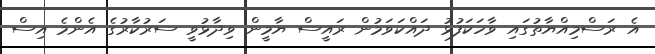
އެ ރަސްމިއްޔާތުގައި ވާހަކަފުޅު ދައްކަވަމުން ރައީސް ޔާމީން ވިދާޅުވީ ސަރުކާރުގެ އެންމެ އިސް